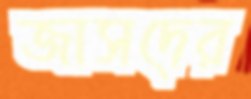
জাসদের